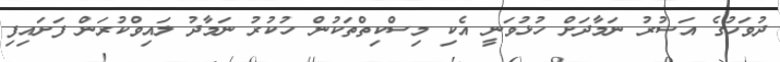
ދުވަހުގެ އަސުރު ނަމާދަށް ހުޅުވަނީ އެކި މިސްކިތްތަކުން ހުކުރު ނަމާދު ލައިވްކުރަން ފަށައިފި